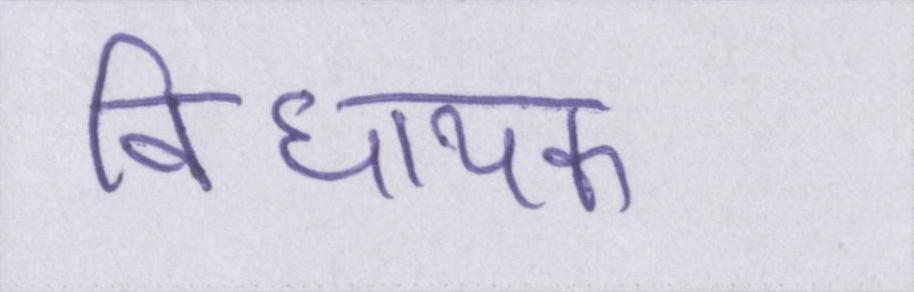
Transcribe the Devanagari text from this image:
विधायक